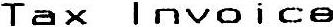
TAX INVOICE